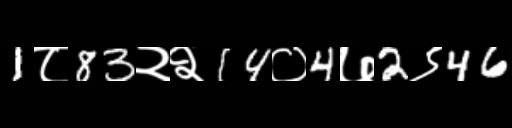
Text: 1८83२२14०4७2९46